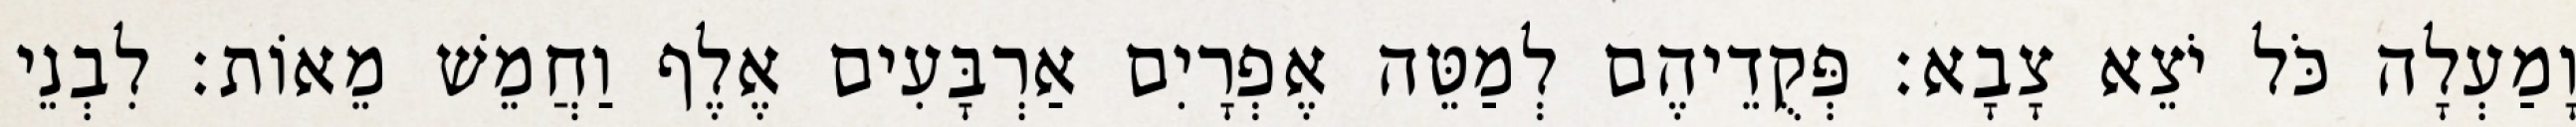
וָמַעְלָה כֹּל יֹצֵא צָבָא׃ פְּקֻדֵיהֶם לְמַטֵּה אֶפְרָיִם אַרְבָּעִים אֶלֶף וַחֲמֵשׁ מֵאוֹת׃ לִבְנֵי